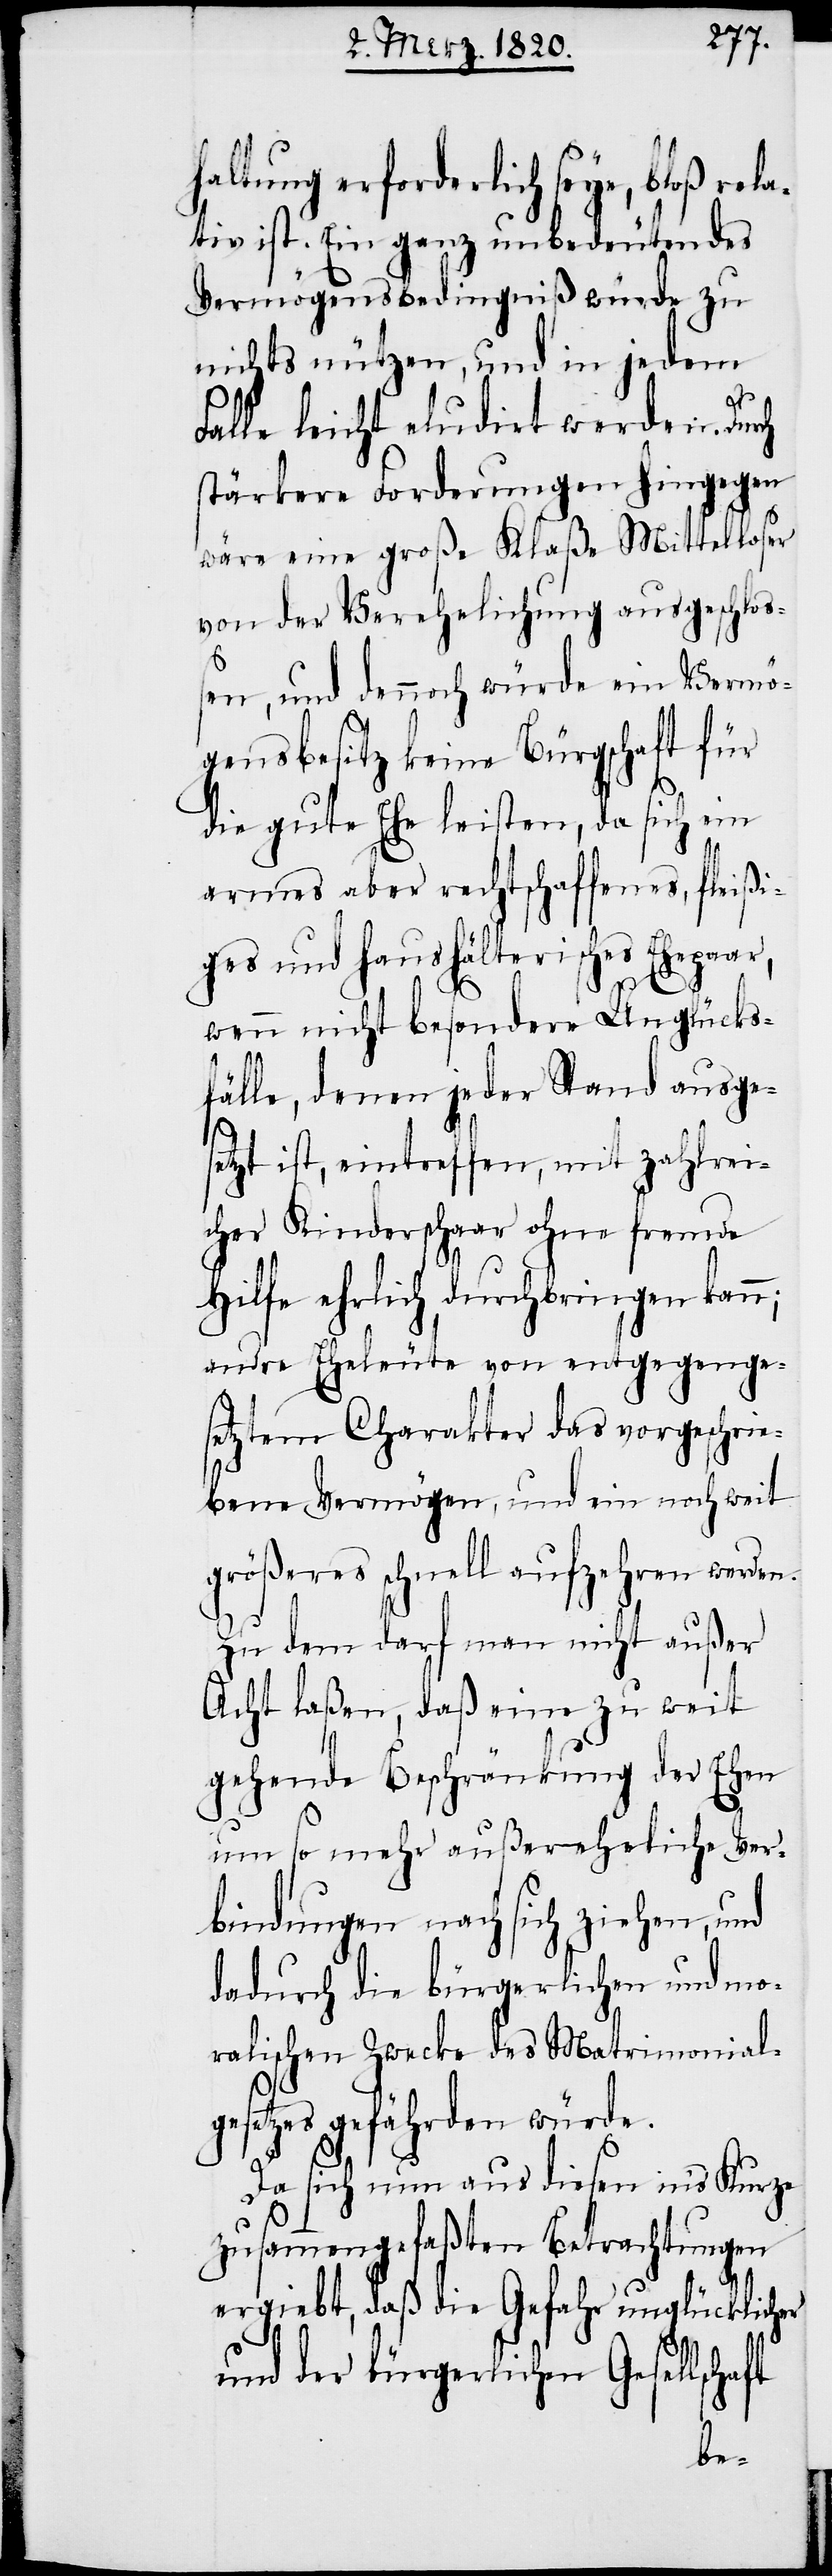
haltung erforderlich seye, bloß rel¬
ativ ist. Ein ganz unbedeutendes
Vermögensbedingniß würde zu
nichts nützen, und in jedem
aft
Falle leicht eludirt werden. Durch
stärkere Forderungen hingegen
wäre eine große Klaße Mittelloser
von der Verehelichung ausgeschloß¬
en, und dennoch würde ein Vermö¬
gensbesitz keine Bürgschaft für
die gute Ehe leisten, da sich ein
armes aber rechtschaffenes, fleißi¬
ges und haushälterisches Ehepaar,
wenn nicht besondere Unglücks¬
fälle, denen jeder Stand ausge¬
setzt ist, eintreffen, mit zahlrei¬
cher Kinderschaar ohne fremde
Hilfe ehrlich durchbringen kann;
andre Eheleute von entgegenge¬
setztem Charakter das vorgeschrie¬
bene Vermögen, und ein noch weit
größeres schnell aufzehren werden.
Zu dem darf man nicht außer
Acht laßen, daß eine zu weit
gehende Beschränkung der Ehen
um so mehr außereheliche Ver¬
bindungen nach sich ziehen, und
dadurch die bürgerlichen und mo¬
ralischen Zwecke des Matrimonial¬
gesetzes gefährden würde.
Da sich nun aus diesen in’s Kurze
zusammengefaßten Betrachtungen
ergiebt, daß die Gefahr unglücklicher
und der bürgerlichen Gesellsch¬